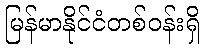
မြန်မာနိုင်ငံတစ်ဝန်းရှိ